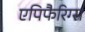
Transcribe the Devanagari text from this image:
एपिफैरिग्स